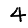
Digit: 4